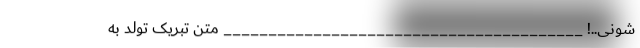
شونی..! ________________________________________ متن تبریک تولد به